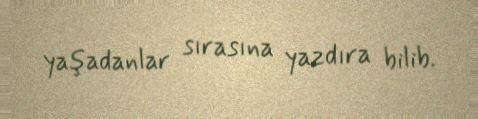
yaşadanlar sırasına yazdıra bilib.